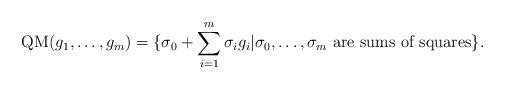
LaTeX: \begin{align*}\mathrm{QM}(g_1,\dots,g_m) = \{\sigma_0 + \sum_{i=1}^m \sigma_ig_i | \sigma_0,\dots,\sigma_m \textrm{ are sums of squares} \} . \end{align*}